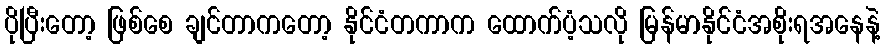
ပိုပြီးတော့ ဖြစ်စေ ချင်တာကတော့ နိုင်ငံတကာက ထောက်ပံ့သလို မြန်မာနိုင်ငံအစိုးရအနေနဲ့